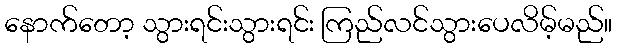
နောက်တော့ သွားရင်းသွားရင်း ကြည်လင်သွားပေလိမ့်မည်။